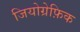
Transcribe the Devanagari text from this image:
जियोग्रेफ़िक